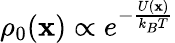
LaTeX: \rho_{0}(\mathbf{x})\propto e^{-\frac{U(\mathbf{x})}{k_{B}T}}